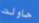
حاولت